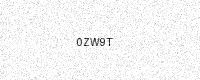
Text: 0ZW9T